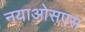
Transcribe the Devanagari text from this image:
नयाओसएस